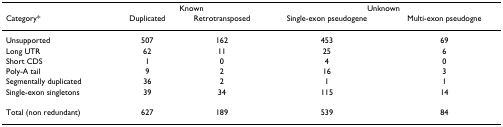
<table><thead><tr><td></td><td colspan="2"><b>Known</b></td><td colspan="2"><b>Unknown</b></td></tr><tr><td><b>Category*</b></td><td><b>Duplicated</b></td><td><b>Retrotransposed</b></td><td><b>Single-exon pseudogene</b></td><td><b>Multi-exon pseudogne</b></td></tr></thead><tbody><tr><td>Unsupported</td><td>507</td><td>162</td><td>453</td><td>69</td></tr><tr><td>Long UTR</td><td>62</td><td>11</td><td>25</td><td>6</td></tr><tr><td>Short CDS</td><td>1</td><td>0</td><td>4</td><td>0</td></tr><tr><td>Poly-A tail</td><td>9</td><td>2</td><td>16</td><td>3</td></tr><tr><td>Segmentally duplicated</td><td>36</td><td>2</td><td>1</td><td>1</td></tr><tr><td>Single-exon singletons</td><td>39</td><td>34</td><td>115</td><td>14</td></tr><tr><td>Total (non redundant)</td><td>627</td><td>189</td><td>539</td><td>84</td></tr></tbody></table>